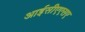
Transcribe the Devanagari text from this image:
आईसीएएसए